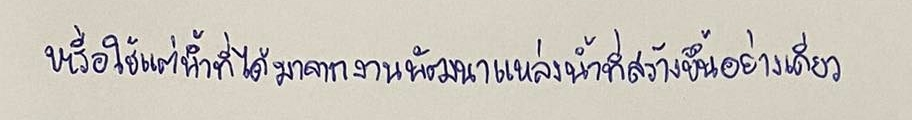
หรือใช้แต่น้ำที่ได้มาจากงานพัฒนาแหล่งน้ำที่สร้างขึ้นอย่างเดียว